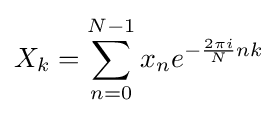
X_{k}=\sum _{n=0}^{N-1}x_{n}e^{-{\frac {2\pi i}{N}}nk}